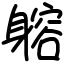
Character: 𨉷